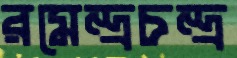
রমেন্দ্রচন্দ্র